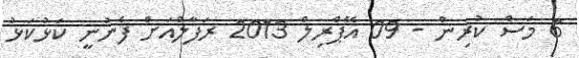
6 މަސް ކުރިން - 09 އޭޕްރިލް 2013 ރަފާލްއަށް ފެނުނީ ކަޅުކަޅު